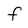
Character: f